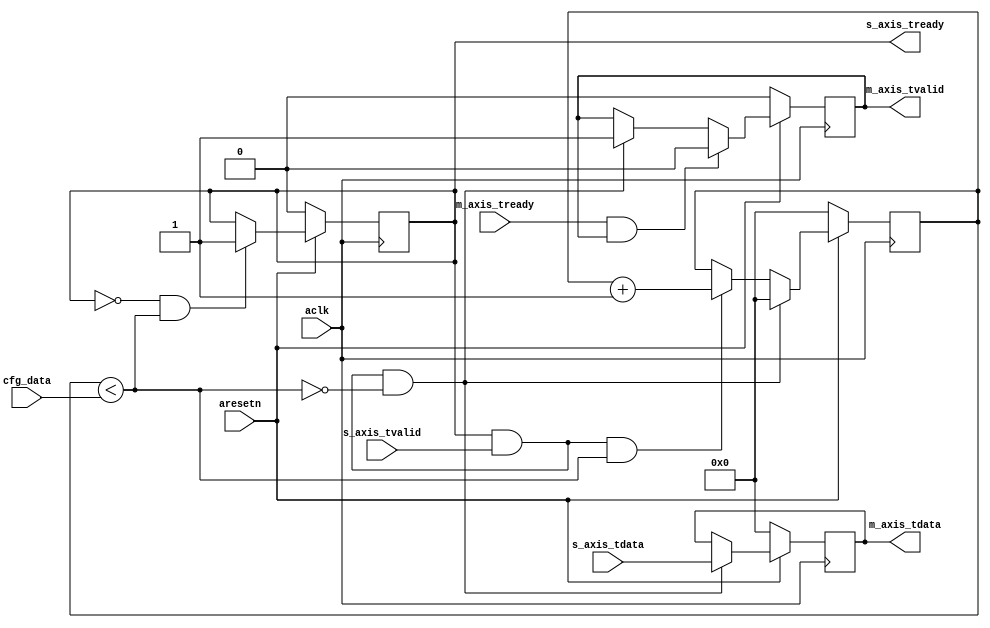
module axis_decimator #
(
  parameter integer AXIS_TDATA_WIDTH = 32,
  parameter integer CNTR_WIDTH = 32
)
(
  // System signals
  input  wire                        aclk,
  input  wire                        aresetn,

  input  wire [CNTR_WIDTH-1:0]       cfg_data,

  // Slave side
  output wire                        s_axis_tready,
  input  wire [AXIS_TDATA_WIDTH-1:0] s_axis_tdata,
  input  wire                        s_axis_tvalid,

  // Master side
  input  wire                        m_axis_tready,
  output wire [AXIS_TDATA_WIDTH-1:0] m_axis_tdata,
  output wire                        m_axis_tvalid
);

  reg [AXIS_TDATA_WIDTH-1:0] int_tdata_reg, int_tdata_next;
  reg [CNTR_WIDTH-1:0] int_cntr_reg, int_cntr_next;
  reg int_tvalid_reg, int_tvalid_next;
  reg int_tready_reg, int_tready_next;

  wire int_comp_wire, int_tvalid_wire;

  always @(posedge aclk)
  begin
    if(~aresetn)
    begin
      int_tdata_reg <= {(AXIS_TDATA_WIDTH){1'b0}};
      int_tvalid_reg <= 1'b0;
      int_tready_reg <= 1'b0;
      int_cntr_reg <= {(CNTR_WIDTH){1'b0}};
    end
    else
    begin
      int_tdata_reg <= int_tdata_next;
      int_tvalid_reg <= int_tvalid_next;
      int_tready_reg <= int_tready_next;
      int_cntr_reg <= int_cntr_next;
    end
  end

  assign int_comp_wire = int_cntr_reg < cfg_data;
  assign int_tvalid_wire = int_tready_reg & s_axis_tvalid;

  always @*
  begin
    int_tdata_next = int_tdata_reg;
    int_tvalid_next = int_tvalid_reg;
    int_tready_next = int_tready_reg;
    int_cntr_next = int_cntr_reg;

    if(~int_tready_reg & int_comp_wire)
    begin
      int_tready_next = 1'b1;
    end

    if(int_tvalid_wire & int_comp_wire)
    begin
      int_cntr_next = int_cntr_reg + 1'b1;
    end

    if(int_tvalid_wire & ~int_comp_wire)
    begin
      int_cntr_next = {(CNTR_WIDTH){1'b0}};
      int_tdata_next = s_axis_tdata;
      int_tvalid_next = 1'b1;
    end

    if(m_axis_tready & int_tvalid_reg)
    begin
      int_tvalid_next = 1'b0;
    end
  end

  assign s_axis_tready = int_tready_reg;
  assign m_axis_tdata = int_tdata_reg;
  assign m_axis_tvalid = int_tvalid_reg;

endmodule